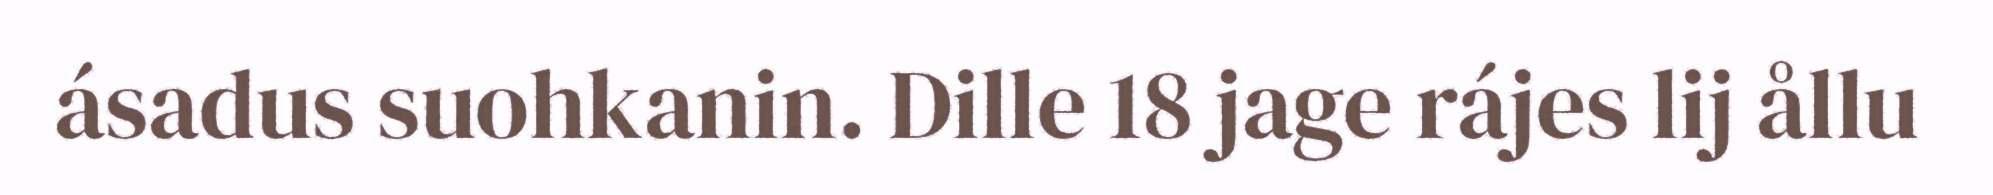
ásadus suohkanin. Dille 18 jage rájes lij ållu